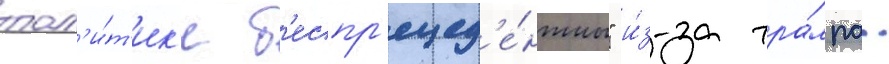
пол'и́т'ик'е б'еспр'ецед'е́нтны" и́з-за тра́мпа.